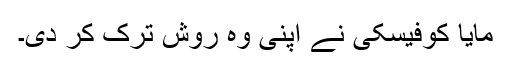
مایا کوفیسکی نے اپنی وہ روش ترک کر دی۔